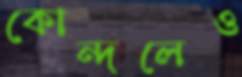
কোন্দলেও